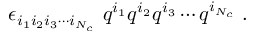
\epsilon _ { i _ { 1 } i _ { 2 } i _ { 3 } \cdots i _ { N _ { c } } } \ q ^ { i _ { 1 } } q ^ { i _ { 2 } } q ^ { i _ { 3 } } \cdots q ^ { i _ { N _ { c } } } \ .